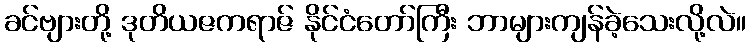
ခင်ဗျားတို့ ဒုတိယဇကရာဇ် နိုင်ငံတော်ကြီး ဘာများကျန်ခဲ့သေးလို့လဲ။